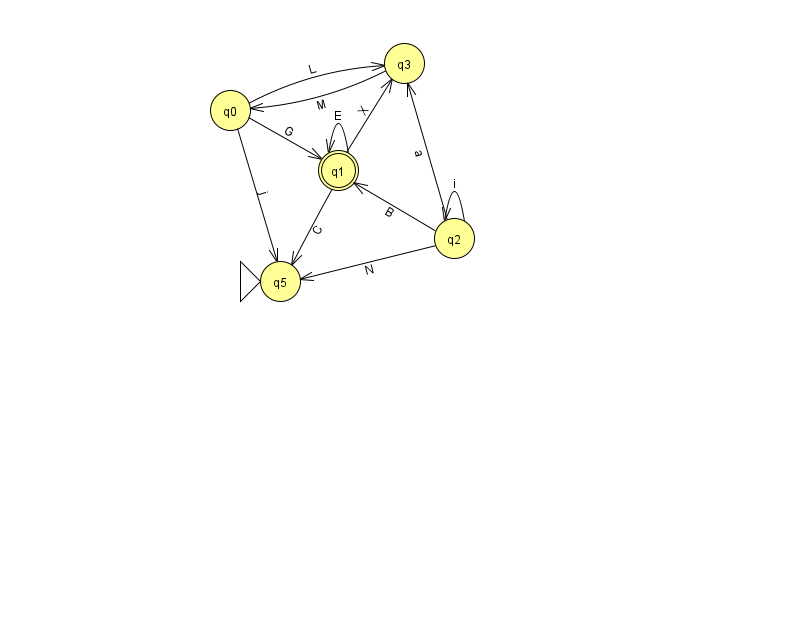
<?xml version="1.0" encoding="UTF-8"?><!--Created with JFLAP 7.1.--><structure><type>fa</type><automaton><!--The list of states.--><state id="0" name="q0"><x>230.0</x><y>97.0</y></state><state id="1" name="q1"><x>338.0</x><y>157.0</y><final/></state><state id="2" name="q2"><x>454.0</x><y>225.0</y></state><state id="3" name="q3"><x>404.0</x><y>50.0</y></state><state id="5" name="q5"><x>280.0</x><y>268.0</y><initial/></state><!--The list of transitions.--><transition><from>0</from><to>1</to><read>G</read></transition><transition><from>2</from><to>1</to><read>B</read></transition><transition><from>1</from><to>5</to><read>C</read></transition><transition><from>1</from><to>1</to><read>E</read></transition><transition><from>2</from><to>3</to><read>a</read></transition><transition><from>2</from><to>2</to><read>i</read></transition><transition><from>0</from><to>5</to><read>j</read></transition><transition><from>2</from><to>5</to><read>N</read></transition><transition><from>0</from><to>3</to><read>L</read></transition><transition><from>3</from><to>0</to><read>M</read></transition><transition><from>1</from><to>3</to><read>X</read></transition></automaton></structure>